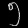
Digit: ၅